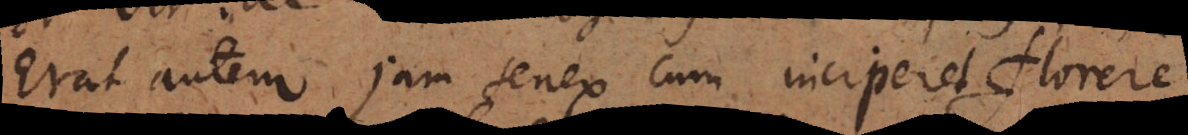
Erat autem jam senex cum inciperet florere